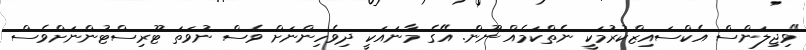
"ވިޖިލަންސް އެކްސައިޒްކުރުމަކީ ނެތްކަމެއް ނޫން. އޭގެ މާނައަކީ ދިވެހިންނަށް ވެސް ނުވަތަ ޓޫރިސްޓުންނަށްވެސް